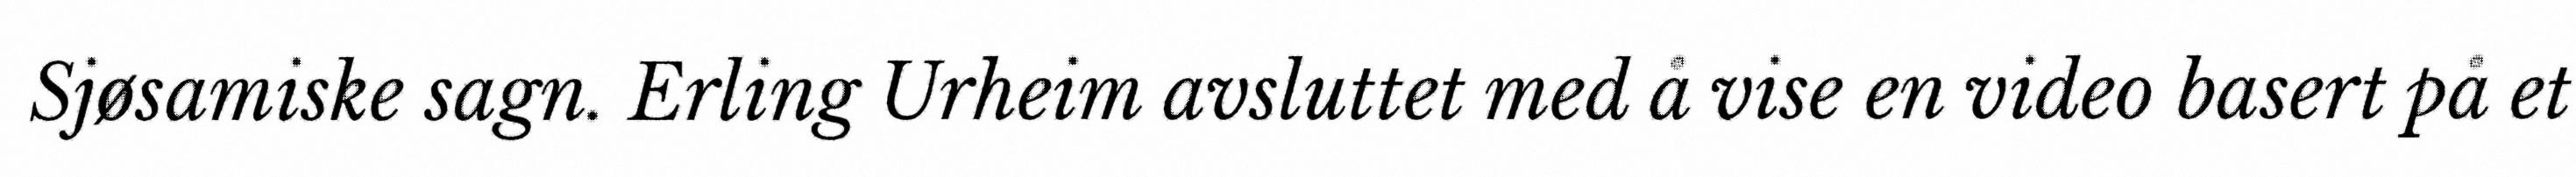
Sjøsamiske sagn. Erling Urheim avsluttet med å vise en video basert på et